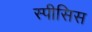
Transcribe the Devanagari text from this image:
स्पीसिस